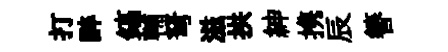
打醉鎬輔弩滋拱紳携辰簮